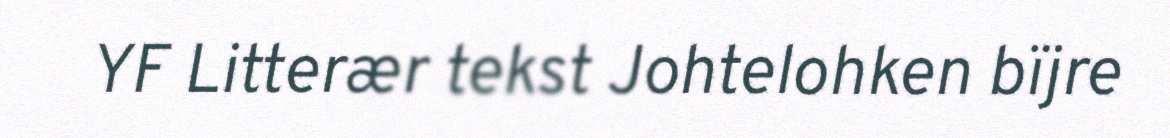
YF Litterær tekst Johtelohken bïjre